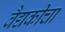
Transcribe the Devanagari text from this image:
वैद्यकीचा